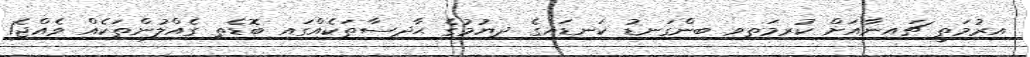
އިރުމަތީ ޗައިނާއަށް ކުރިމަތިވި ބިންގަނޑު ކަނޑައިގެ ދިޔުމުގެ ޙާދިސާތަކެއްގައި ބޮޑެތި ގެއްލުންތަކެއް ވެއްޖެ1